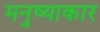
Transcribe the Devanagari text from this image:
मनुष्याकार